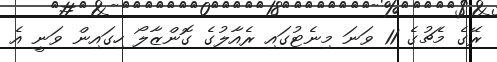
ރޭގެ މެޗުގެ 11 ވަނަ މިނެޓުގައި ރެއާލުގެ ގޮންޒާލޯ ހިގައިން ވަނީ އެ